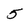
Character: 5